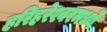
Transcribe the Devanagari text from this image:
हरिहरेश्वरमध्ये